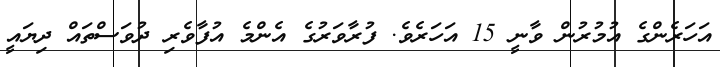
އަހަރެންގެ އުމުރުން ވާނީ 15 އަހަރެވެ. ފުރާވަރުގެ އެންމެ އުފާވެރި ދުވަސްތައް ދިޔައީ